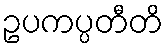
ဥပကပ္ပတီတိ